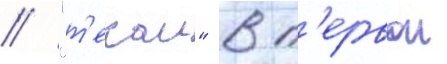
// "т'екаи" в п'ервои